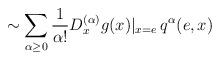
LaTeX: \begin{align*}\sim\sum_{\alpha\geq0}\frac{1}{\alpha!}D^{(\alpha)}_{x}g(x)|_{x=e}\, q^{\alpha}(e,x)\end{align*}